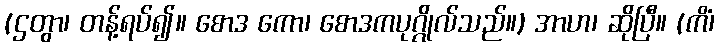
(ဌတွာ၊ တန့်ရပ်၍။ စောဒ ကော၊ စောဒကပုဂ္ဂိုလ်သည်။) အာဟ၊ ဆိုပြီ။ (ကိံ၊